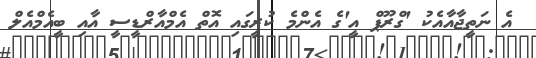
އެ ނަތީޖާއާއެކު 'ގްރޫޕް އީ'ގެ އެންމެ ކުރީގައި އޮތް އެމްއާރްޑީސީ އާއި ބީއެމްއެލް